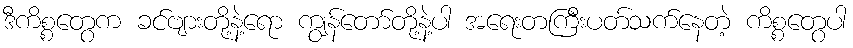
ဒီကိစ္စတွေက ခင်ဗျားတို့နဲ့ရော ကျွန်တော်တို့နဲ့ပါ အရေးတကြီးပတ်သက်နေတဲ့ ကိစ္စတွေပါ